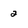
Character: 2